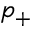
p _ { + }